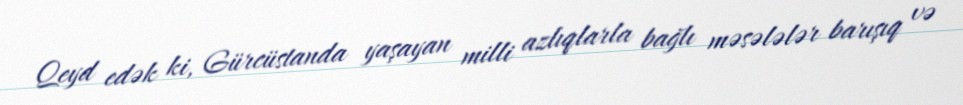
Qeyd edək ki, Gürcüstanda yaşayan milli azlıqlarla bağlı məsələlər barışıq və